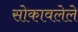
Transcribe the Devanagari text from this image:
सोकावलेले